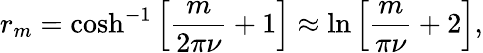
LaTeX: r_{m}=\cosh^{-1}\left[\frac{m}{2\pi\nu}+1\right]\approx\ln\left[\frac{m}{\pi\nu}+2\right],